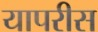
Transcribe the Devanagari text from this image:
यापरीस